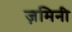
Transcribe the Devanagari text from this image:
ज़मिनी